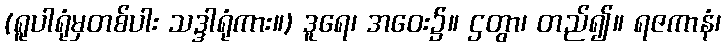
(ရူပါရုံမှတစ်ပါး သဒ္ဒါရုံကား။) ဒူရေ၊ အဝေး၌။ ဌတွာ၊ တည်၍။ ရဇကာနံ၊